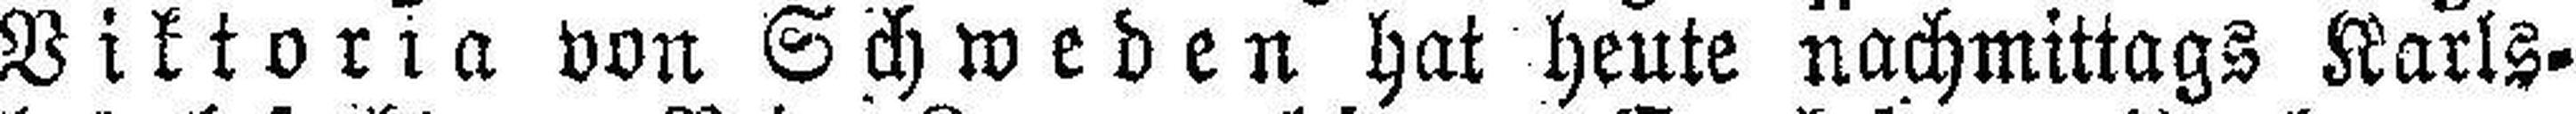
Viktoria von Schweden hat heute nachmittags Karls¬